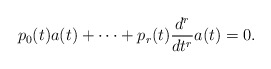
\begin{align*} p_0(t)a(t) + \cdots + p_r(t)\frac{d^r}{dt^r}a(t) = 0. \end{align*}